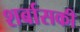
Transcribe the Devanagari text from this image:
शर्बासकी